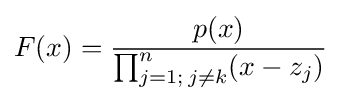
F(x)={\frac {p(x)}{\prod _{j=1;\,j\neq k}^{n}(x-z_{j})}}